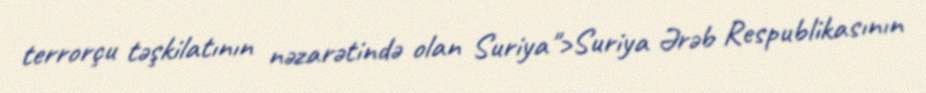
terrorçu təşkilatının nəzarətində olan Suriya">Suriya Ərəb Respublikasının